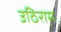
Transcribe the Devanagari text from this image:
उठिराम